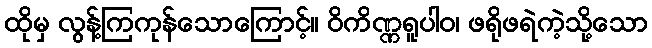
ထိုမှ လွန့်ကြကုန်သောကြောင့်။ ဝိကိဏ္ဏရူပါဝ၊ ဖရိုဖရဲကဲ့သို့သော